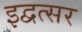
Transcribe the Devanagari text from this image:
इद्वत्सर